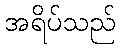
အရိပ်သည်